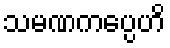
သမဏကပ္ပေဟိ